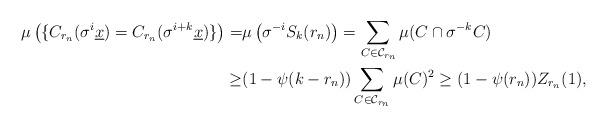
LaTeX: \begin{align*}\mu\left(\{C_{r_n}(\sigma^i\underline{x})=C_{r_n}(\sigma^{i+k}\underline{x})\}\right)=&\mu\left(\sigma^{-i}S_k(r_n)\right)=\sum_{C\in\mathcal{C}_{r_n}}\mu(C\cap\sigma^{-k}C)\\\geq&(1-\psi(k-r_n))\sum_{C\in\mathcal{C}_{r_n}}\mu(C)^2\geq(1-\psi(r_n))Z_{r_n}(1),\end{align*}